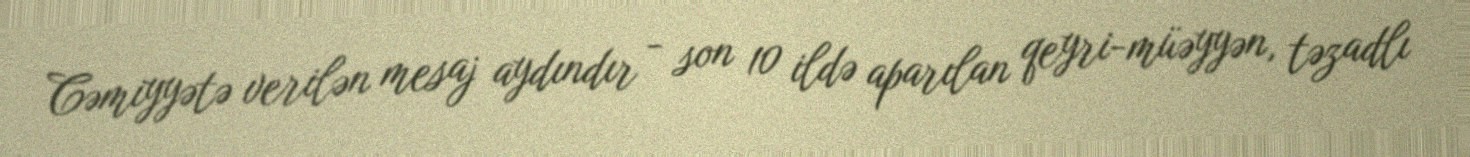
Cəmiyyətə verilən mesaj aydındır - son 10 ildə aparılan qeyri-müəyyən, təzadlı